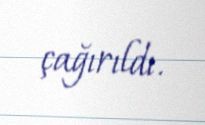
çağırıldı.